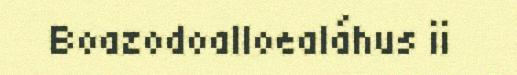
Boazodoalloealáhus ii